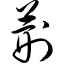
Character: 荆